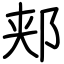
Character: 郏